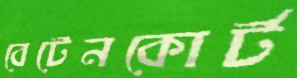
বেটেনকোর্ট